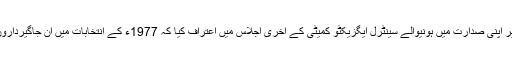
برادرم جمال جوگیزئی نے یاد دلایا کہ بھٹو صاحب نے اسلام آباد میں پیر صفی الدین مکھڈ کی رہائش گاہ پر اپنی صدارت میں ہونیوالے سینٹرل ایگزیکٹو کمیٹی کے آخری اجلاس میں اعتراف کیا کہ 1977ء کے انتخابات میں ان جاگیرداروں کو پارٹی ٹکٹ دینا بڑی غلطی تھی جو 1970ء کے انتخابات میں پی پی پی سے شکست کھاچکے تھے۔